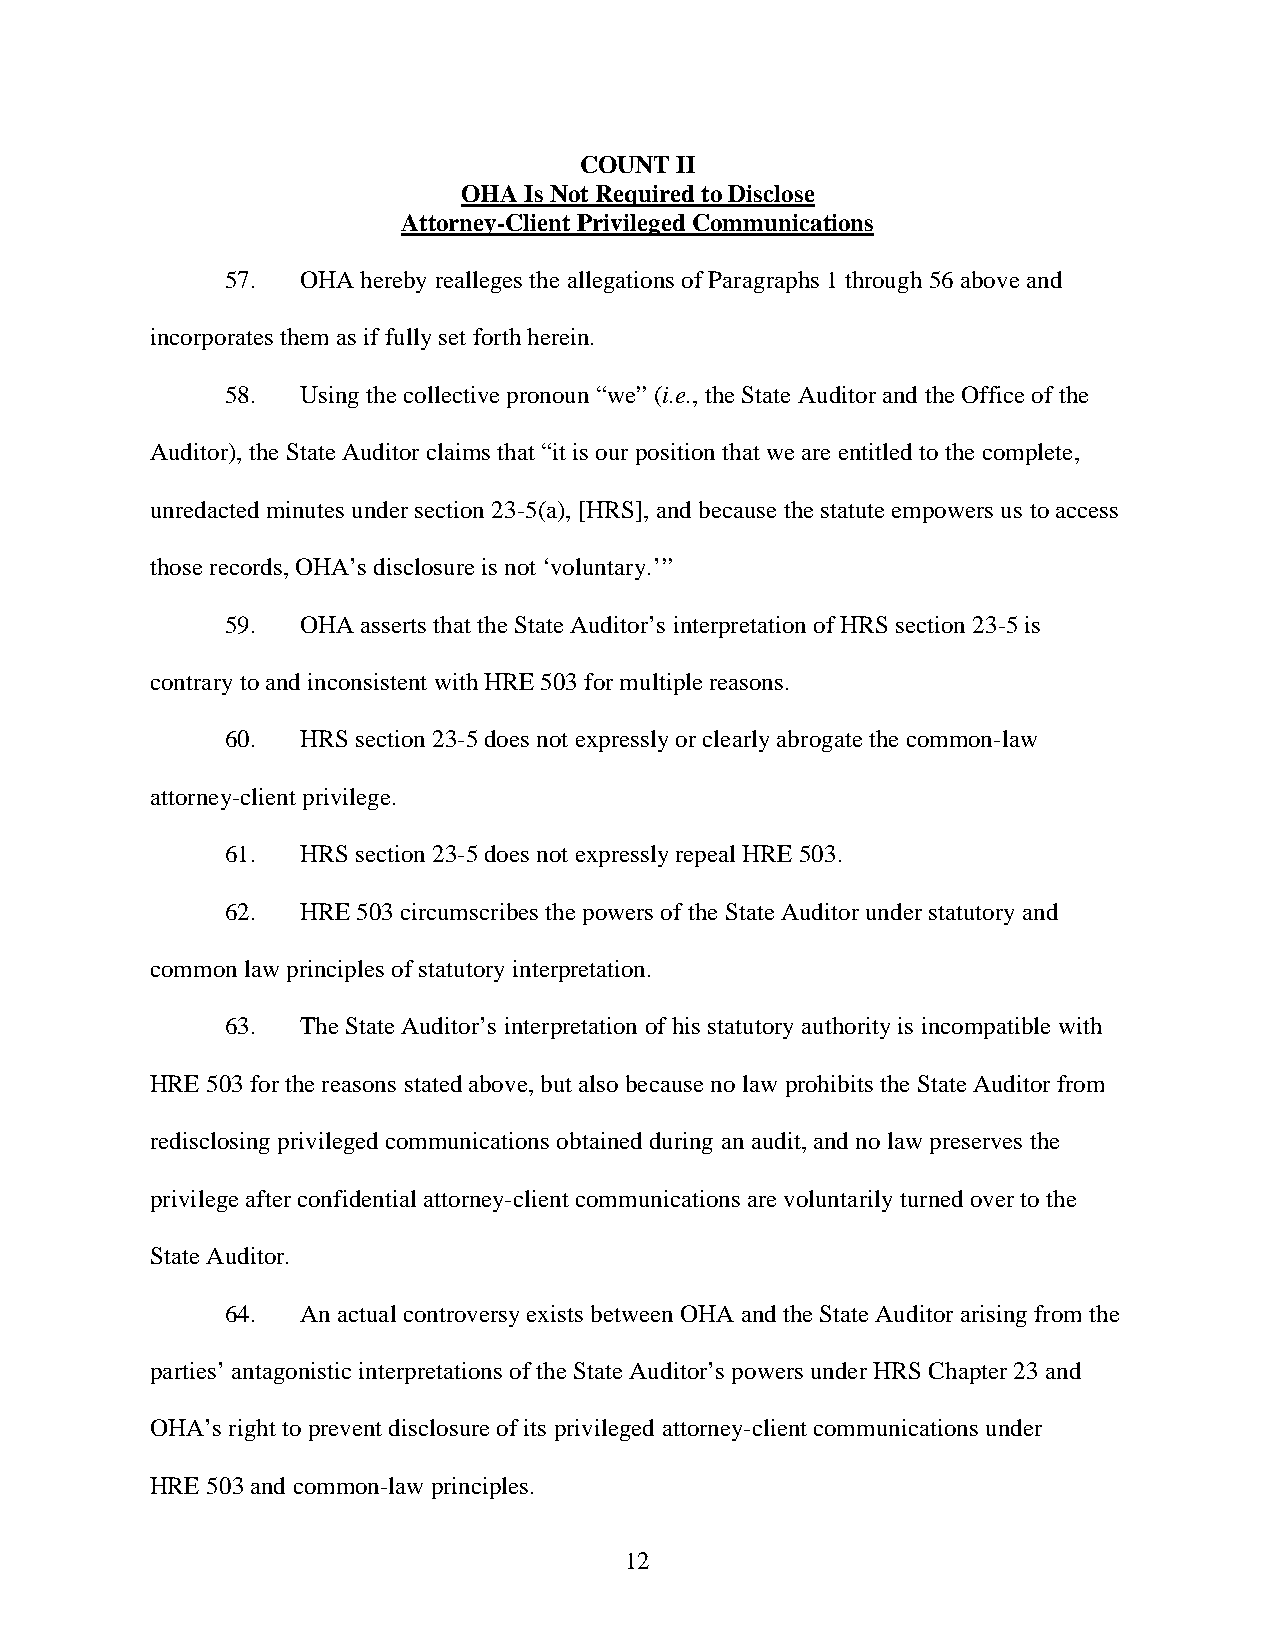
COUNT  II
 OHA Is Not Required to Disclose
 Attorney-Client Privileged Communications
 57.  OHA hereby realleges the allegations of Paragraphs 1 through 56 above and
 incorporates them as if fully set forth herein.
 58.  Using the collective pronoun “we” (i.e., the State Auditor and the Office of the
 Auditor), the State Auditor claims that “it is our position that we are entitled to the complete,
 unredacted minutes under section 23-5(a), [HRS], and because the statute empowers us to access
 those records, OHA’s disclosure is not ‘voluntary.’”
 59.  OHA asserts that the State Auditor’s interpretation of HRS section 23-5 is
 contrary to and inconsistent with HRE 503 for multiple reasons.
 60.  HRS section 23-5 does not expressly or clearly abrogate the common-law
 attorney-client privilege.
 61.  HRS section 23-5 does not expressly repeal HRE 503.
 62.  HRE 503 circumscribes the powers of the State Auditor under statutory and
 common law principles of statutory interpretation.
 63.  The State Auditor’s interpretation of his statutory authority is incompatible with
 HRE 503 for the reasons stated above, but also because no law prohibits the State Auditor from
 redisclosing privileged communications obtained during an audit, and no law preserves the
 privilege after confidential attorney-client communications are voluntarily turned over to the
 State Auditor.
 64.  An actual controversy exists between OHA and the State Auditor arising from the
 parties’ antagonistic interpretations of the State Auditor’s powers under HRS Chapter 23 and
 OHA’s right to prevent disclosure of its privileged attorney-client communications under
 HRE 503 and common-law principles.
 12